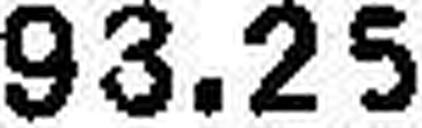
93.25